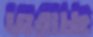
জরাচ্ছ